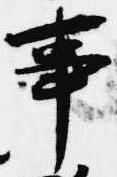
事